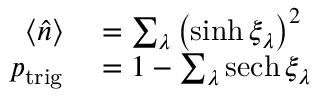
\begin{array} { r l } { \langle \hat { n } \rangle } & { { } = \sum _ { \lambda } \left( \sinh \xi _ { \lambda } \right) ^ { 2 } } \\ { p _ { \mathrm { t r i g } } } & { { } = 1 - \sum _ { \lambda } \mathrm { s e c h } \, \xi _ { \lambda } } \end{array}